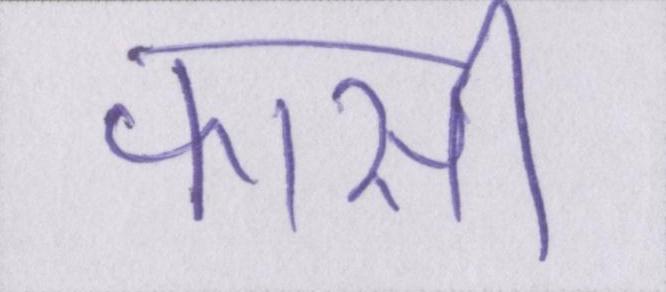
फांसी